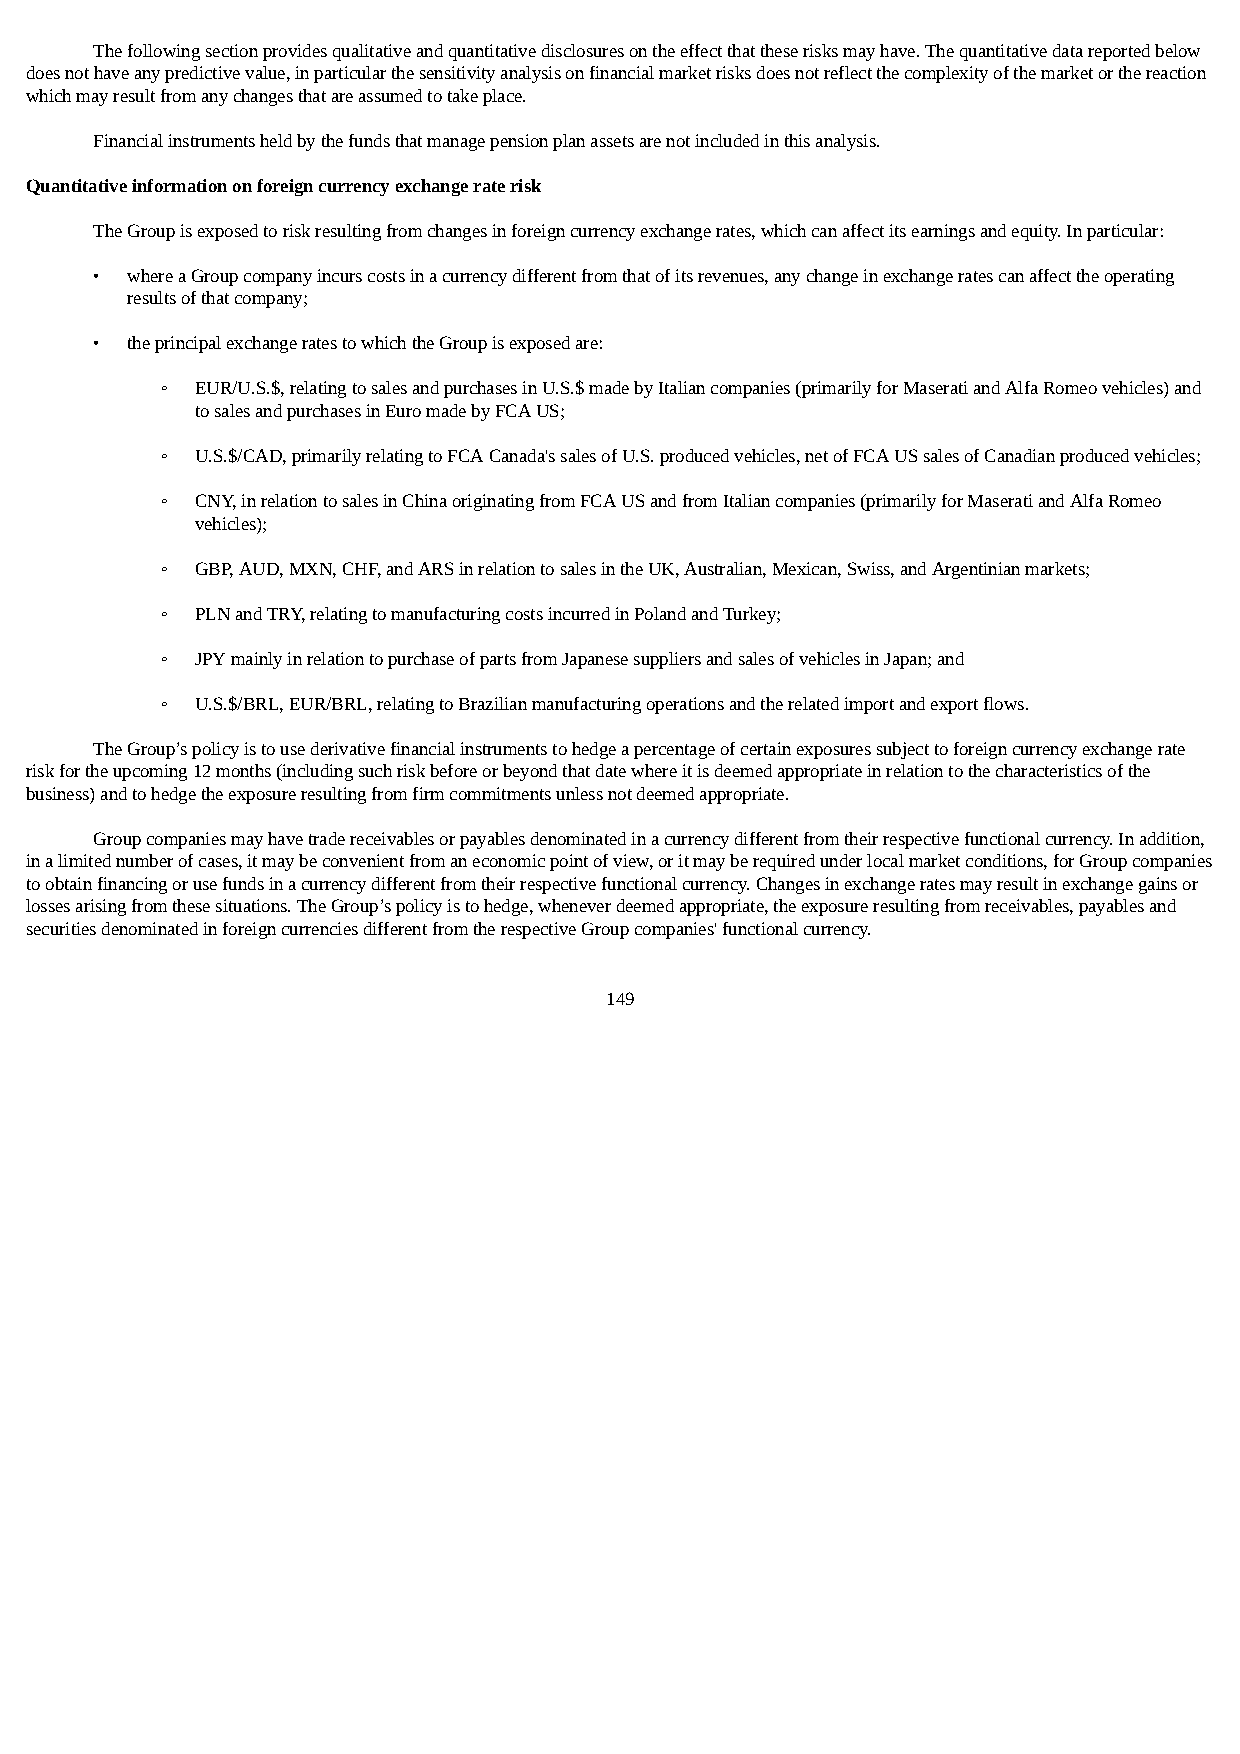
The following section provides qualitative and quantitative disclosures on the effect that these risks may have. The quantitative data reported below
 does not have any predictive value, in particular the sensitivity analysis on financial market risks does not reflect the complexity of the market or the reaction
 which may result from any changes that are assumed to take place.
 Financial instruments held by the funds that manage pension plan assets are not included in this analysis.
 Quantitative information on foreign currency exchange rate risk
 The Group is exposed to risk resulting from changes in foreign currency exchange rates, which can affect its earnings and equity. In particular:
 • where a Group company incurs costs in a currency different from that of its revenues, any change in exchange rates can affect the operating
 results of that company;
 • the principal exchange rates to which the Group is exposed are:
 ◦ EUR/U.S.$, relating to sales and purchases in U.S.$ made by Italian companies (primarily for Maserati and Alfa Romeo vehicles) and
 to sales and purchases in Euro made by FCA US;
 ◦ U.S.$/CAD, primarily relating to FCA Canada's sales of U.S. produced vehicles, net of FCA US sales of Canadian produced vehicles;
 ◦ CNY, in relation to sales in China originating from FCA US and from Italian companies (primarily for Maserati and Alfa Romeo
 vehicles);
 ◦ GBP, AUD, MXN, CHF, and ARS in relation to sales in the UK, Australian, Mexican, Swiss, and Argentinian markets;
 ◦ PLN and TRY, relating to manufacturing costs incurred in Poland and Turkey;
 ◦ JPY mainly in relation to purchase of parts from Japanese suppliers and sales of vehicles in Japan; and
 ◦ U.S.$/BRL, EUR/BRL, relating to Brazilian manufacturing operations and the related import and export flows.
 The Group’s policy is to use derivative financial instruments to hedge a percentage of certain exposures subject to foreign currency exchange rate
 risk for the upcoming 12 months (including such risk before or beyond that date where it is deemed appropriate in relation to the characteristics of the
 business) and to hedge the exposure resulting from firm commitments unless not deemed appropriate.
 Group companies may have trade receivables or payables denominated in a currency different from their respective functional currency. In addition,
 in a limited number of cases, it may be convenient from an economic point of view, or it may be required under local market conditions, for Group companies
 to obtain financing or use funds in a currency different from their respective functional currency. Changes in exchange rates may result in exchange gains or
 losses arising from these situations. The Group’s policy is to hedge, whenever deemed appropriate, the exposure resulting from receivables, payables and
 securities denominated in foreign currencies different from the respective Group companies' functional currency.
 149